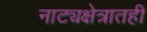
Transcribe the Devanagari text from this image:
नाट्यक्षेत्रातही